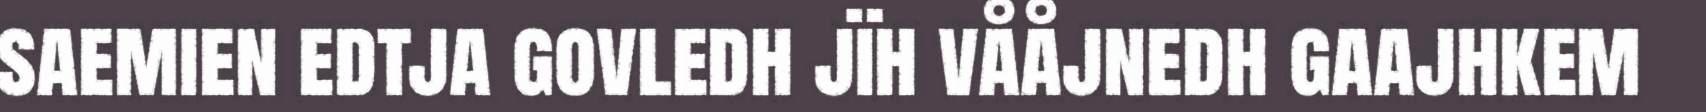
saemien edtja govledh jïh vååjnedh gaajhkem